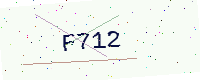
Text: F712